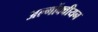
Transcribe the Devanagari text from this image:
अल्गोंक्वीयन